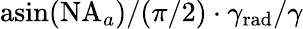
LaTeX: \mathrm{asin}(\mathrm{NA}_{a})/(\pi/2)\cdot\gamma_{\mathrm{rad}}/\gamma